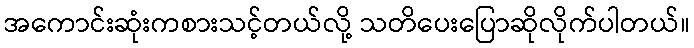
အကောင်းဆုံးကစားသင့်တယ်လို့ သတိပေးပြောဆိုလိုက်ပါတယ်။